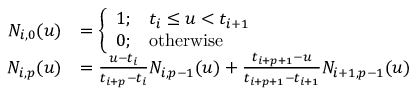
\begin{array} { r l } { N _ { i , 0 } ( u ) } & { = \left\{ \begin{array} { l l } { 1 ; } & { t _ { i } \leq u < t _ { i + 1 } } \\ { 0 ; } & { \mathrm { o t h e r w i s e } } \end{array} \right. } \\ { N _ { i , p } ( u ) } & { = \frac { u - t _ { i } } { t _ { i + p } - t _ { i } } N _ { i , p - 1 } ( u ) + \frac { t _ { i + p + 1 } - u } { t _ { i + p + 1 } - t _ { i + 1 } } N _ { i + 1 , p - 1 } ( u ) } \end{array}